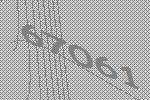
67061